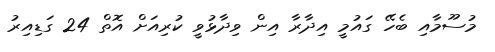
މުސޫމާއި ބެހޭ ގައުމީ އިދާރާ އިން ވިދާޅުވީ ކުރިއަށް އޮތް 24 ގަޑިއިރު